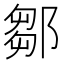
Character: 鄒